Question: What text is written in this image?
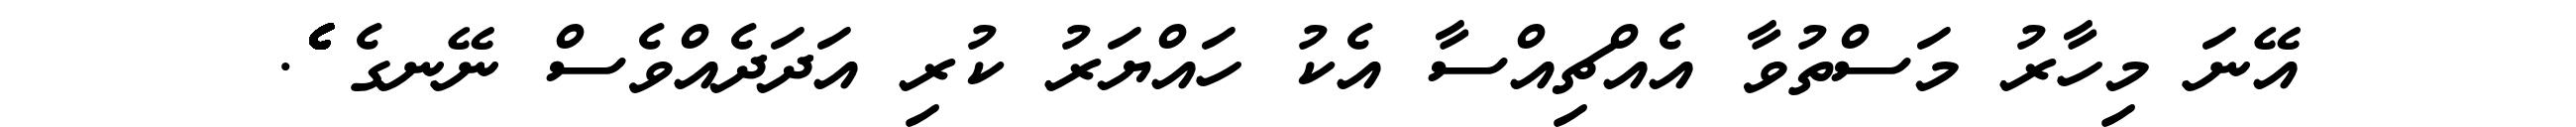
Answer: އޭނަ މިހާރު މަސްތުވާ އެއްޗިއްސާ އެކު ހައްޔަރު ކުރި އަދަދެއްވެސް ނޭނގެ ެެެެެެެެެެެެެެެެެެެެެެެެެެެެެެެެެެެެެެެެެެެެެެެެެެެެ.